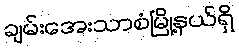
ချမ်းအေးသာစံမြို့နယ်ရှိ